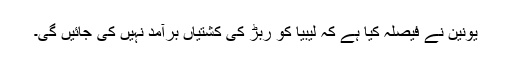
یونین نے فیصلہ کیا ہے کہ لیبیا کو ربڑ کی کشتیاں برآمد نہیں کی جائیں گی۔